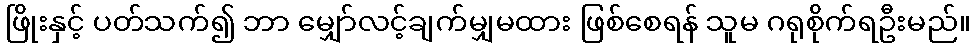
ဖြိုးနှင့် ပတ်သက်၍ ဘာ မျှော်လင့်ချက်မျှမထား ဖြစ်စေရန် သူမ ဂရုစိုက်ရဦးမည်။